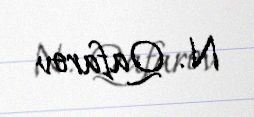
N. Qafarov